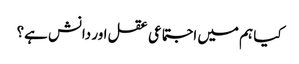
کیا ہم میں اجتماعی عقل اور دانش ہے؟